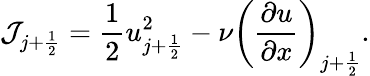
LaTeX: \mathcal{J}_{j+\frac{1}{2}}=\frac{1}{2}u_{j+\frac{1}{2}}^{2}-\nu\bigg(\frac{\partial u}{\partial x}\bigg)_{j+\frac{1}{2}}.